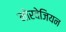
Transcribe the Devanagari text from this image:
नोरवेजियन